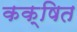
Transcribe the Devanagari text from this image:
कक्षित